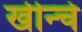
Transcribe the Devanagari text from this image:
खीन्चे